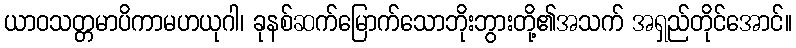
ယာဝသတ္တမာပိကာမဟယုဂါ၊ ခုနစ်ဆက်မြောက်သောဘိုးဘွားတို့၏အသက် အရှည်တိုင်အောင်။